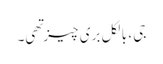
جی ، بالکل بری چیز تهی۔